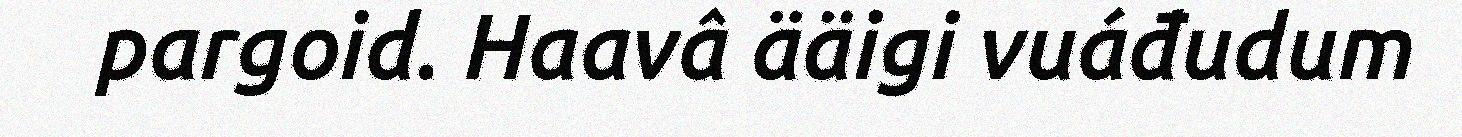
pargoid. Haavâ ääigi vuáđudum